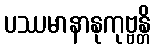
ပဿမာနာနုကုဗ္ဗန္တိ